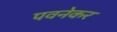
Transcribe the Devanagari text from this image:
पवनेकर